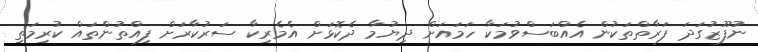
ނުފޫޒުގަދަ ފަރާތްތަކުން އެއްބަސްވުމަކާ ހަމައަށް ދިޔުމާ ދެކޮޅަށް އެމެރިކާ ސަރުކާރަށް ފިއްތުންތައް ކުރިމަތި